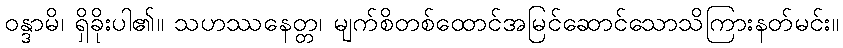
ဝန္ဒာမိ၊ ရှိခိုးပါ၏။ သဟဿနေတ္တ၊ မျက်စိတစ်ထောင်အမြင်ဆောင်သောသိကြားနတ်မင်း။